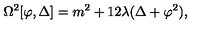
\Omega ^ { 2 } [ \varphi , \Delta ] = m ^ { 2 } + 1 2 \lambda ( \Delta + \varphi ^ { 2 } ) ,